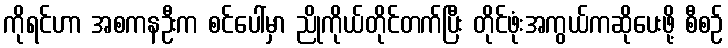
ကိုရင်ဟာ အစကနဦးက စင်ပေါ်မှာ ညိုကိုယ်တိုင်တက်ပြီး တိုင်ဖုံးအကွယ်ကဆိုပေးဖို့ စီစဉ်